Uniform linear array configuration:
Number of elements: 4
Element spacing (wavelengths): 0.75
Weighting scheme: hann
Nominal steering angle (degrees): -15
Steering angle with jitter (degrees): -14.799
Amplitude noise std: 0.05
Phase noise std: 0.05

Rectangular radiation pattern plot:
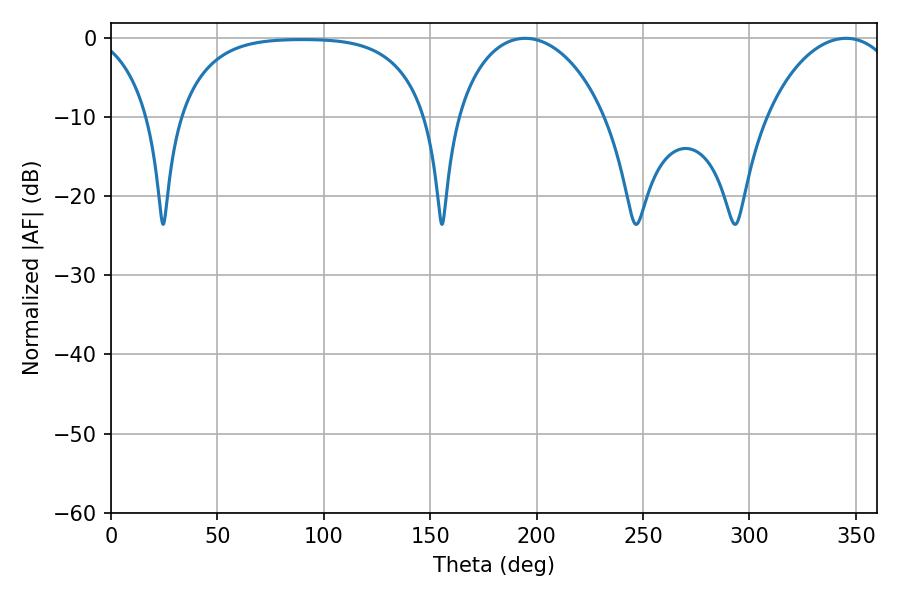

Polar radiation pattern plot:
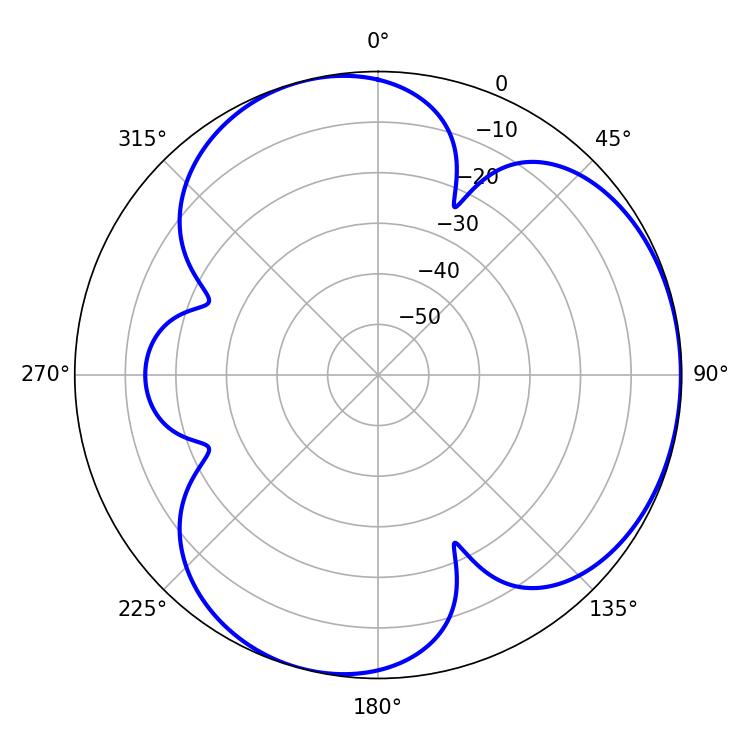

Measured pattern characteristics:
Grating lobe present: TRUE
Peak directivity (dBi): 3.887
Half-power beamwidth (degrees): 40.5
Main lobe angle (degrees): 194.58